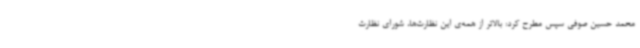
محمد حسین صوفی سپس مطرح کرد: بالاتر از همه‌ی این نظارت‌ها، شورای نظارت